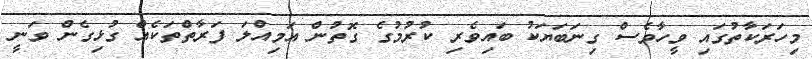
މިހަރަކާތުގައި ވީހާވެސް ގިނަބަޔަކު ބައިވެރި ކުރުމުގެ ގޮތުން އަމިއްލަ ފަރާތްތަކެއް ގުޅިގެން ވަނީ